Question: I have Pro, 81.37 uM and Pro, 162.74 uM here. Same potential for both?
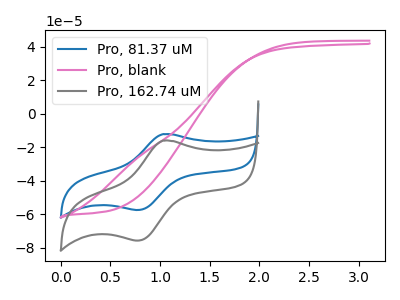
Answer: <think>The blue curve "Pro, 81.37 uM" has an anodic peak at (1.05V, -12.10uA) and a cathodic peak at (0.75V, -57.40uA). The pink curve "Pro, blank" has no peaks. The gray curve "Pro, 162.74 uM" has an anodic peak at (1.05V, -16.00uA) and a cathodic peak at (0.75V, -75.65uA).
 All the peaks in "Pro, 81.37 uM" have a peak in "Pro, 162.74 uM" at the same potential.</think>
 <answer>"Pro, 81.37 uM" and "Pro, 162.74 uM" are similar in shape.</answer>
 <eval>same_shape</eval>